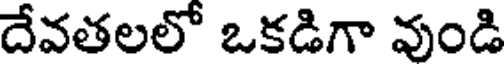
దేవతలలో ఒకడిగా వుండి